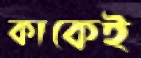
কাকেই